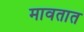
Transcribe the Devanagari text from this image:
मावतात